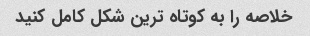
خلاصه را به کوتاه ترین شکل کامل کنید